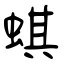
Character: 蜞